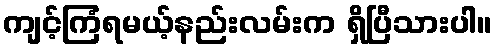
ကျင့်ကြံရမယ့်နည်းလမ်းက ရှိပြီသားပါ။